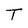
Character: T